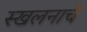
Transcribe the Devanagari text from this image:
स्खलनाचे